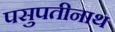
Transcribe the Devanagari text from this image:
पसुपतीनाथ